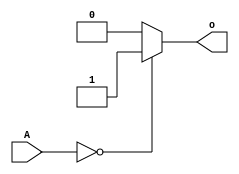
`timescale 1ns / 1ps
//////////////////////////////////////////////////////////////////////////////////
// Company: 
// Engineer: 
// 
// Design Name: 
// Module Name:    and32 
// Project Name: 
// Target Devices: 
// Tool versions: 
// Description: 
//
// Dependencies: 
//
// Revision: 
// Revision 0.01 - File Created
// Additional Comments: 
//
//////////////////////////////////////////////////////////////////////////////////
module  or_bit_32(input [31:0] A,
						output o
					  );
					  
	assign o = (A==0)? 1: 0;

endmodule